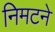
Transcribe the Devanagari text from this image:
निमटने